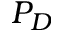
P _ { D }